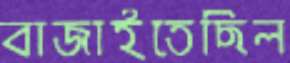
বাজাইতেছিল